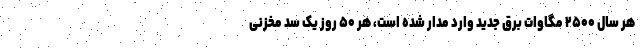
هر سال ۲۵۰۰ مگاوات برق جدید وارد مدار شده است، هر ۵۰ روز یک سد مخزنی